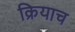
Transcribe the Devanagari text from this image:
क्रियाच